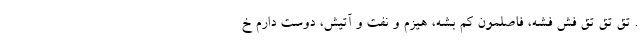
. تق تق تق فش فشه، فاصلمون کم بشه، هیزم و نفت و آتیش، دوست دارم خ